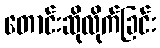
တောင်းဆိုလိုက်ခြင်း